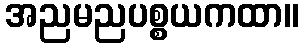
အညမညပစ္စယကထာ။